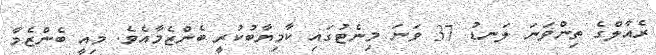
ރެއާލްގެ ތިންވަނަ ލަނޑު 37 ވަނަ މިނެޓުގައި ކާމިޔާބުކުރީ ބެންޒެމާއެވެ. މިއީ ބެންޒެމާ